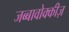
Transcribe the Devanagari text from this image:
जब्बावोक्कीज़